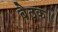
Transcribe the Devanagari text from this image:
बैठक।